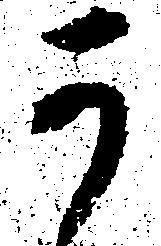
可